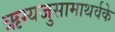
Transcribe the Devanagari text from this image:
ऋग्यजुसामाथर्वके